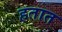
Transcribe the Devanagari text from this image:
हतात